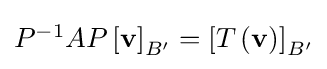
{\textstyle P^{-1}AP\left[\mathbf {v} \right]_{B'}=\left[T\left(\mathbf {v} \right)\right]_{B'}}